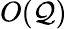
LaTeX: O(\mathcal{Q})